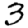
Digit: 3